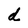
Character: d